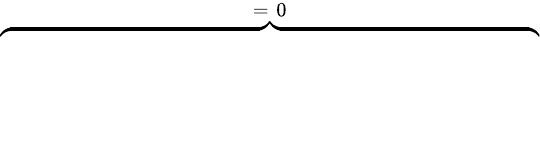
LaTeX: \overbrace{\phantom{\left.\sum_{k=1}^{3}\sum_{i=1}^{2}\sum_{p=1}^{P_{k}^{(i)}}\left(\frac{-\kappa^{(i)}}{\varepsilon_{0}c_{p,k}^{(i)}}\partial_{t}\tilde{Q}_{p,k}^{(i)}(\mathrm{d}_{\rho}Q_{p,k}^{(i)})+\mathrm{c.c}\right)\right|_{0}^{T}}}^{=\; 0}